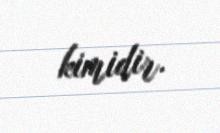
kimidir.